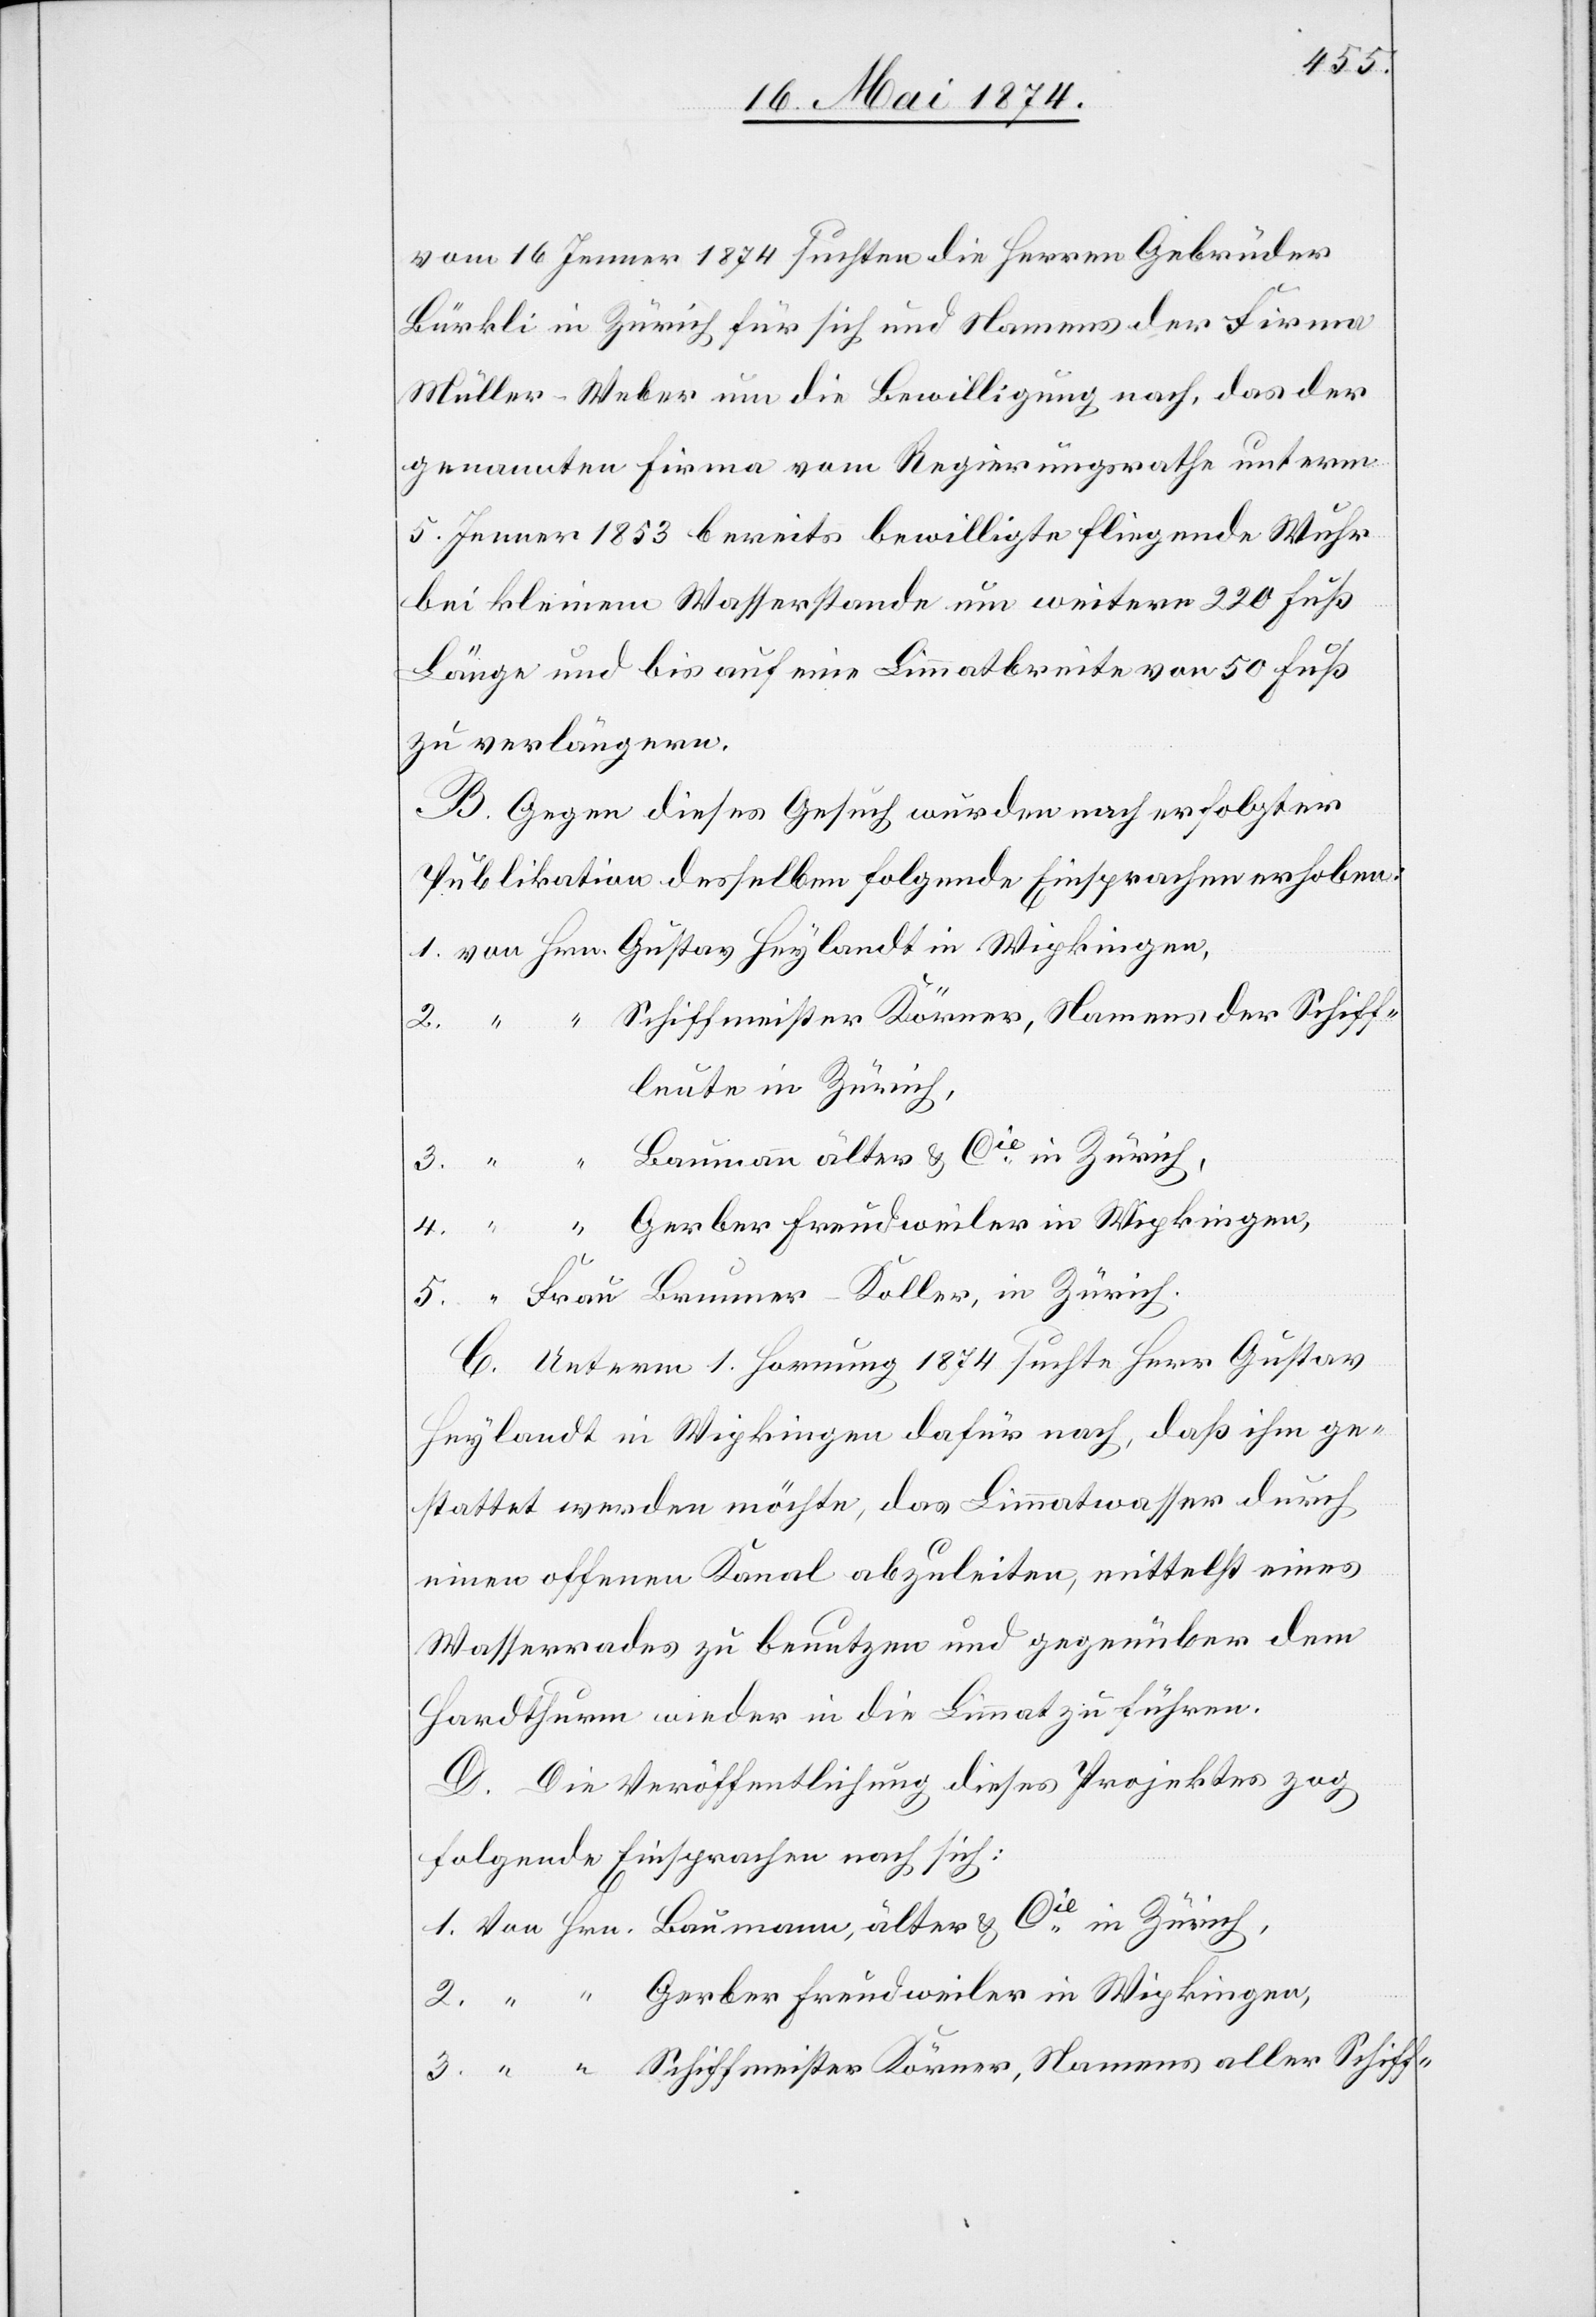
vom 16. Jenner 1874 suchten die Herren Gebrüder
Bürkli in Zürich für sich und Namens der Firma
Müller-Weber um die Bewilligung nach, das der
genannten Firma vom Regierungsrathe unterm
5. Jenner 1853 bereits bewilligte fliegende Wuhr
bei kleinem Wasserstande um weitere 220 Fuß
zu verlängern.
B. Gegen dieses Gesuch wurden nach erfolgter
Publikation desselben folgende Einsprachen erhoben:
3.
Cie in Zürich,
Gerber Freudweiler in Wipkingen,
C. Unterm 1. Hornung 1874 suchte Herr Gustav
Heylandt in Wipkingen dafür nach, daß ihm ge¬
stattet werden möchte, das Limmatwasser durch
einen offenen Kanal abzuleiten, mittelst eines
Wasserrades zu benutzen und gegenüber dem
Hardthurm wieder in die Limmat zu führen.
D. Die Veröffentlichung dieses Projektes zog
folgende Einsprachen nach sich: